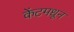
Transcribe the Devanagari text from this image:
केंटमधून